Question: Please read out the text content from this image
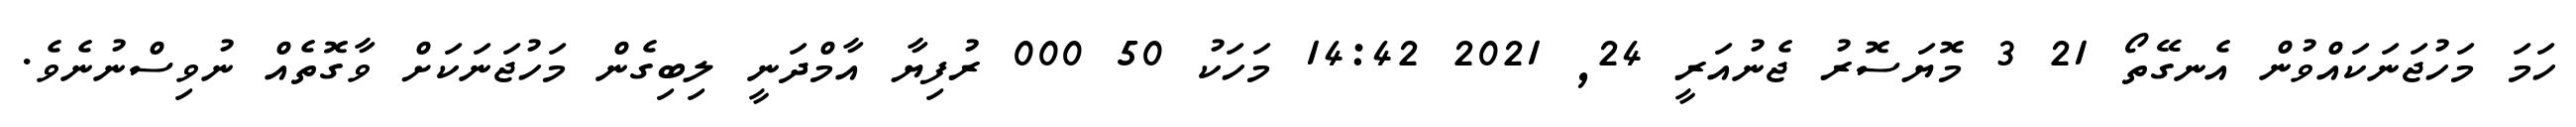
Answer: ހަމަ މަހުޖަނަކައްވުން އެނގޭތޯ 21 3 މޮޔަސޮރު ޖެނުއަރީ 24, 2021 14:42 މަހަކު 50 000 ރުފިޔާ އާމްދަނީ ލިބިގެން މަހުޖަނަކަށް ވާގޮތެއް ނުވިސްނުނެވެ.